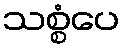
သစ္စံပေ